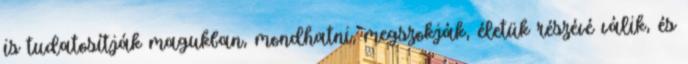
is tudatosítják magukban, mondhatni, megszokják, életük részévé válik, és